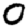
Digit: 0